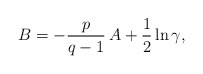
\begin{align*}B = -\frac{p}{q-1}\, A + \frac12 \ln \gamma,\end{align*}